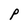
Character: P